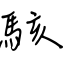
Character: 駭